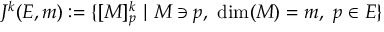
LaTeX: J ^ { k } ( E , m ) : = \{ [ M ] _ { p } ^ { k } ~ | ~ M \ni p , ~ { \mathrm { d i m } } ( M ) = m , ~ p \in E \}